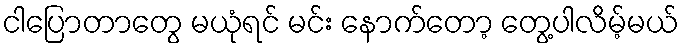
ငါပြောတာတွေ မယုံရင် မင်း နောက်တော့ တွေ့ပါလိမ့်မယ်